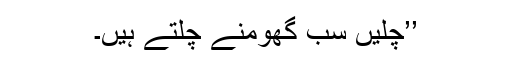
’’چلیں سب گھومنے چلتے ہیں۔